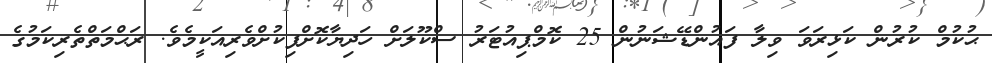
ޙުކުމް ކުރުން ކަޅިރަވަ ވިލާ ފައުންޑޭޝަނުން 25 ކޮމްޕިއުޓަރު ސްކޫލަށް ހަދިޔާކޮށްފިކުށްވެރިއަކީމެވެ. ރަޙްމަތްތެރިކަމުގެ